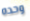
وحده